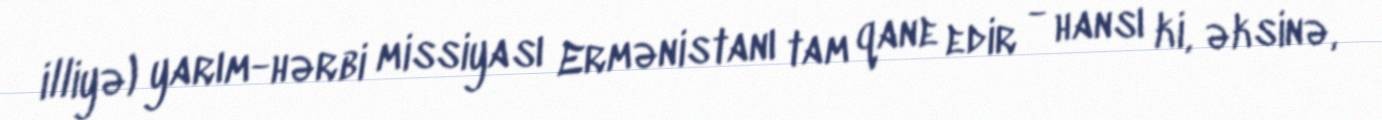
illiyə) yarım-hərbi missiyası Ermənistanı tam qane edir - hansı ki, əksinə,